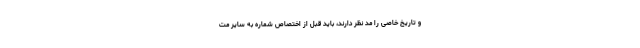
و تاریخ خاصی را مد نظر دارند، باید قبل از اختصاص شماره به سایر مت